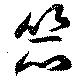
笊